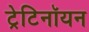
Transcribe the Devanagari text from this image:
ट्रेटिनॉयन